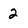
Character: 2